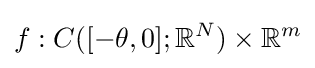
f:C([-\theta ,0];\mathbb {R} ^{N})\times \mathbb {R} ^{m}